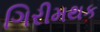
ગિરીમથક